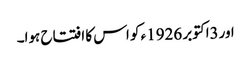
اور3اکتوبر 1926ء کو اس کا افتتاح ہوا۔